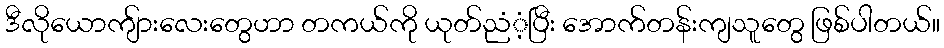
ဒီလိုယောကျ်ားလေးတွေဟာ တကယ်ကို ယုတ်ညံံ့ပြီး အောက်တန်းကျသူတွေ ဖြစ်ပါတယ်။